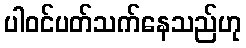
ပါဝင်ပတ်သက်နေသည်ဟု